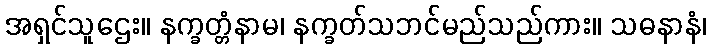
အရှင်သူဌေး။ နက္ခတ္တံနာမ၊ နက္ခတ်သဘင်မည်သည်ကား။ သဓနာနံ၊